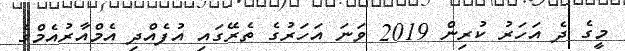
މީގެ ދެ އަހަރު ކުރިން 2019 ވަނަ އަހަރުގެ ތެރޭގައި އުފެއްދި އެމްއާރުއެމްގެ